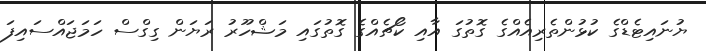
ޔުނައިޓެޑްގެ ކުޅުންތެރިއެއްގެ ގޮތުގަ އާއި ކޯޗެއްގެ ގޮތުގައި މަޝްހޫރު ރަޔަން ގިގްސް ހަމަޖައްސައިފަ